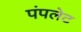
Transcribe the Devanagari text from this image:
पंपलेट